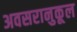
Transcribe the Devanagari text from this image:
अवसरानुकूल